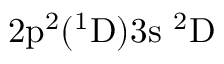
\mathrm { 2 p ^ { 2 } ( ^ { 1 } D ) 3 s ~ ^ { 2 } D }